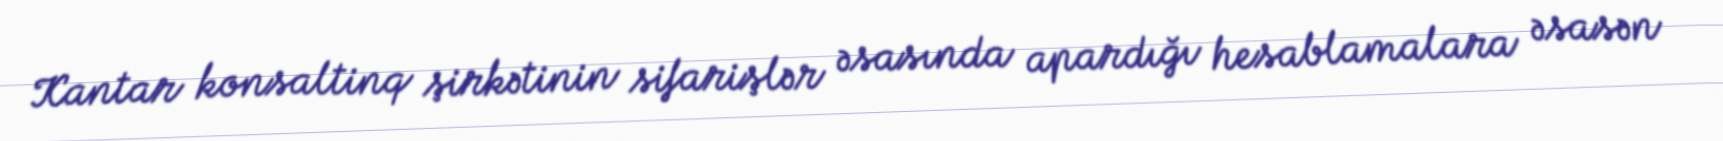
Kantar konsaltinq şirkətinin sifarişlər əsasında apardığı hesablamalara əsasən